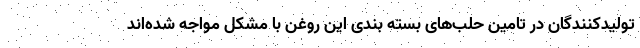
تولیدکنندگان در تامین حلب‌های بسته بندی این روغن با مشکل مواجه شده‌اند